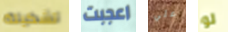
تشكيلة اعجبت علي لو